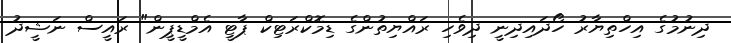
ދިނުމުގެ އިހްތިޔާރު ހޯދައިދިނީ ދިވެހި ރައްޔިތުންގެ ޑިމޮކްރަޓިކް ޕާޓީ އެމްޑީޕީން" ރައީސް ނަޝީދު